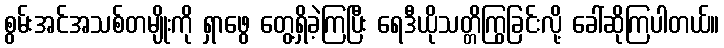
စွမ်းအင်အသစ်တမျိုးကို ရှာဖွေ တွေ့ရှိခဲ့ကြပြီး ရေဒီယိုသတ္တိကြွခြင်းလို့ ခေါ်ဆိုကြပါတယ်။